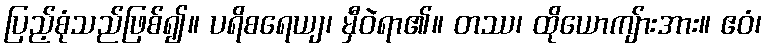
ပြည့်စုံသည်ဖြစ်၍။ ပရိစရေယျ၊ မှီဝဲရာ၏။ တဿ၊ ထိုယောကျ်ားအား။ ဧဝံ၊